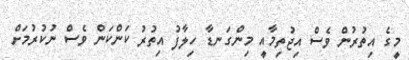
މީގެ އިތުރުން ވެސް އިޖުތިމާއީ މިންގަނޑާ ހިލާފު އިތުރު ކަންކަން ވެސް ނުކުރުމަށް